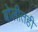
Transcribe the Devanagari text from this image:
बोलीतही